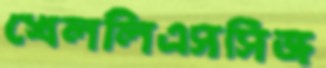
খেললিএসসিজ